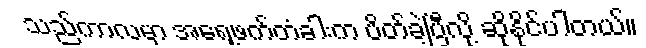
သည်ကာလမှာ အရှေ့ဖက်တံခါးက ပိတ်ခဲ့ပြီလို့ ဆိုနိုင်ပါတယ်။